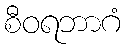
စီဝရဘာဂံ